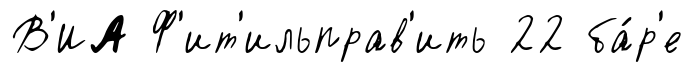
В'ИА Ф'ит'ильправ'ить 22 ба́р'е